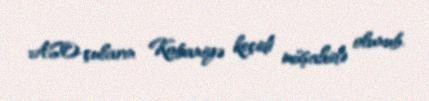
ASO-çuların Kobaniyə keçidi müşahidə olunub.